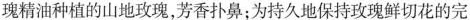
瑰精油种植的山地玫瑰，芳香扑鼻；为持久地保持玫瑰鲜切花的完